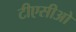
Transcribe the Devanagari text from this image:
टीएसीओ